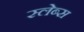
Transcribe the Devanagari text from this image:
स्लेब्स